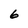
Character: 6